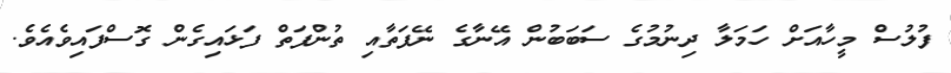
ފުލުސް މީހާއަށް ހަމަލާ ދިނުމުގެ ސަބަބުން އޭނާގެ ނޭފަތާއި ތުންފަތް ފަޅައިގެން ގޮސްފައިވެއެވެ.